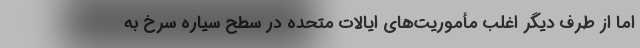
اما از طرف دیگر اغلب مأموریت‌های ایالات متحده در سطح سیاره سرخ به